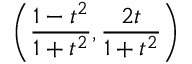
\left( { \frac { 1 - t ^ { 2 } } { 1 + t ^ { 2 } } } , { \frac { 2 t } { 1 + t ^ { 2 } } } \right)